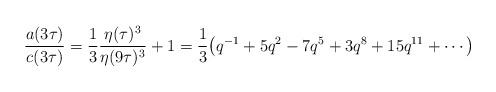
LaTeX: \begin{gather*}\frac{a(3\tau)}{c(3\tau)}=\frac 13 \frac{{\eta(\tau)^3}}{\eta(9\tau)^3}+1=\frac13\big( q^{-1}+5q^2- 7q^5+3q^8+15 q^{11}+\cdots \big)\end{gather*}